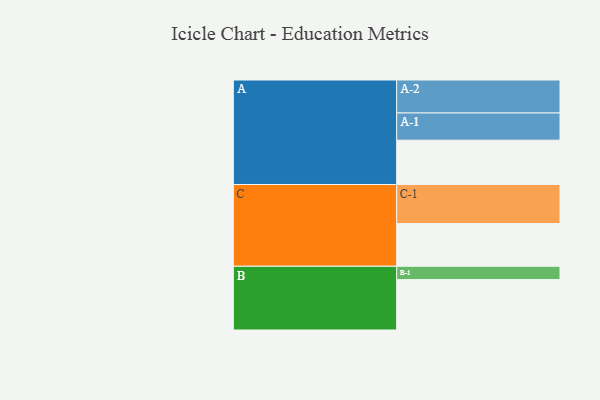
{"axis": {"x": "Segment", "y": "Value"}, "legend": ["", "A", "B", "C"], "data": [{"x": "A", "y": 336, "type": ""}, {"x": "B", "y": 382, "type": ""}, {"x": "C", "y": 324, "type": ""}, {"x": "A-1", "y": 206, "type": "A"}, {"x": "A-2", "y": 250, "type": "A"}, {"x": "B-1", "y": 101, "type": "B"}, {"x": "C-1", "y": 296, "type": "C"}]}